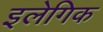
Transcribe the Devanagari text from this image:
इलेगिक